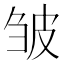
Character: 皱